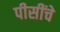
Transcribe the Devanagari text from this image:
पीसींचे